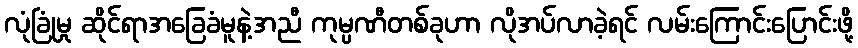
လုံခြုံမှု ဆိုင်ရာအခြေခံမူနဲ့အညီ ကုမ္ပဏီတစ်ခုဟာ လိုအပ်လာခဲ့ရင် လမ်းကြောင်းပြောင်းဖို့